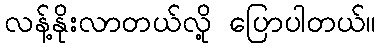
လန့်နိုးလာတယ်လို့ ပြောပါတယ်။